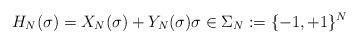
LaTeX: \begin{align*}H_N(\sigma)= X_N(\sigma) + Y_N(\sigma) \sigma\in \Sigma_N:= \{-1,+1\}^N\end{align*}